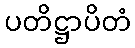
ပတိဋ္ဌာပိတံ